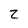
Character: z